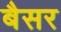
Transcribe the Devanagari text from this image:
बैसर